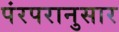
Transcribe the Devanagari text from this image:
पंरपरानुसार